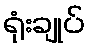
ရုံးချုပ်